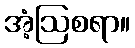
အံ့ဩစရာ။